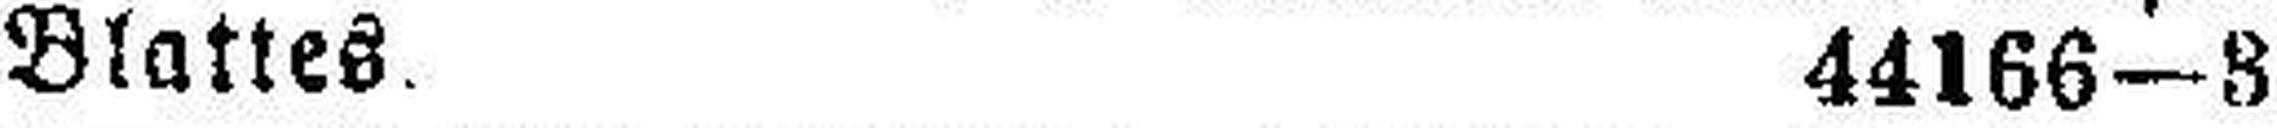
Blattes. 44166—3